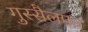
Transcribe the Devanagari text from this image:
गुस्सैलपन